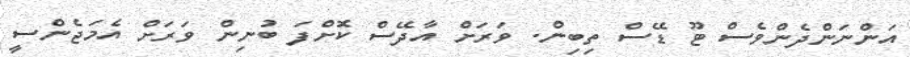
އަންނަންދެންވެސް ޓޫ ޑޭސް ތިބިން. ވަރަށް އާދޭސް ކޮށްފަ ބުނިން ވަރަށް އެމަޖެންސީ